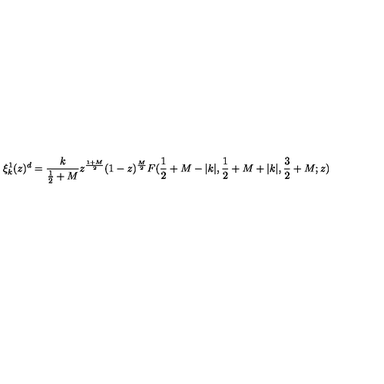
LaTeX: \xi _ { k } ^ { 1 } ( z ) ^ { d } = \frac { k } { \frac { 1 } { 2 } + M } z ^ { \frac { 1 + M } { 2 } } ( 1 - z ) ^ { \frac { M } { 2 } } F ( \frac { 1 } { 2 } + M - | k | , \frac { 1 } { 2 } + M + | k | , \frac { 3 } { 2 } + M ; z )